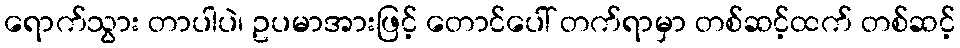
ရောက်သွား တာပါပဲ၊ ဥပမာအားဖြင့် တောင်ပေါ် တက်ရာမှာ တစ်ဆင့်ထက် တစ်ဆင့်